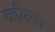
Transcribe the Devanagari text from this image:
व्‍हील्‍स